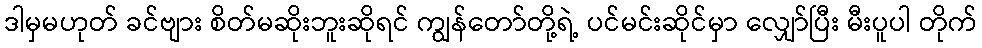
ဒါမှမဟုတ် ခင်ဗျား စိတ်မဆိုးဘူးဆိုရင် ကျွန်တော်တို့ရဲ့ ပင်မင်းဆိုင်မှာ လျှော်ပြီး မီးပူပါ တိုက်